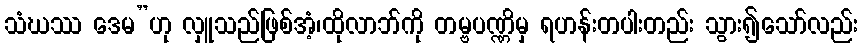
သံဃဿ ဒေမ”ဟု လှူသည်ဖြစ်အံ့၊ထိုလာဘ်ကို တမ္ဗပဏ္ဏိမှ ရဟန်းတပါးတည်း သွား၍သော်လည်း